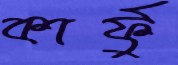
কার্ফু